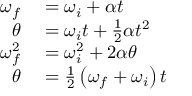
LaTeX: \begin{array} { r l } { \omega _ { f } } & { { } = \omega _ { i } + \alpha t } \\ { \theta } & { { } = \omega _ { i } t + { \frac { 1 } { 2 } } \alpha t ^ { 2 } } \\ { \omega _ { f } ^ { 2 } } & { { } = \omega _ { i } ^ { 2 } + 2 \alpha \theta } \\ { \theta } & { { } = { \frac { 1 } { 2 } } \left( \omega _ { f } + \omega _ { i } \right) t } \end{array}